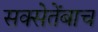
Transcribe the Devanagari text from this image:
सक्सेतेंबाच